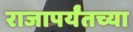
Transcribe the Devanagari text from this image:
राजापर्यंतच्या